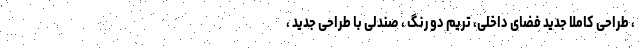
، طراحی کاملا جدید فضای داخلی، تریم دو رنگ ، صندلی با طراحی جدید ،